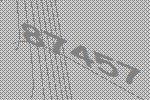
87457